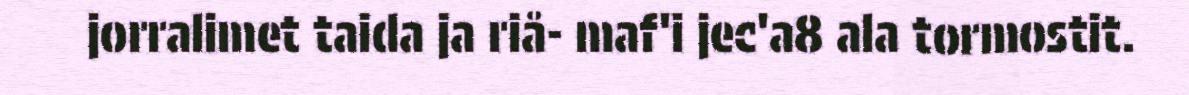
jorralimet taida ja riå- maf'i jec'a8 ala tormostit.